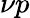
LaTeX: \nu p